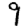
Digit: 9